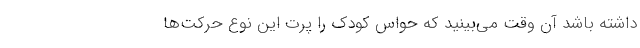
داشته باشد آن وقت می‌بینید که حواسِ کودک را پرتِ این نوع حرکت‌ها